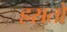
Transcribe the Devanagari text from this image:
हसतो